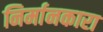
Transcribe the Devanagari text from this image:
निर्मानकारा